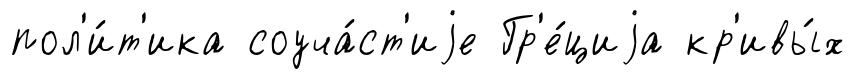
пол'и́т'ика соуча́ст'иjе Гр'е́циjа кр'ивы́х